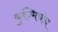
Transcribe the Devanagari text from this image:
कुज्मिचोव